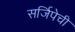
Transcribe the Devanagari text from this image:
सर्जिपेची